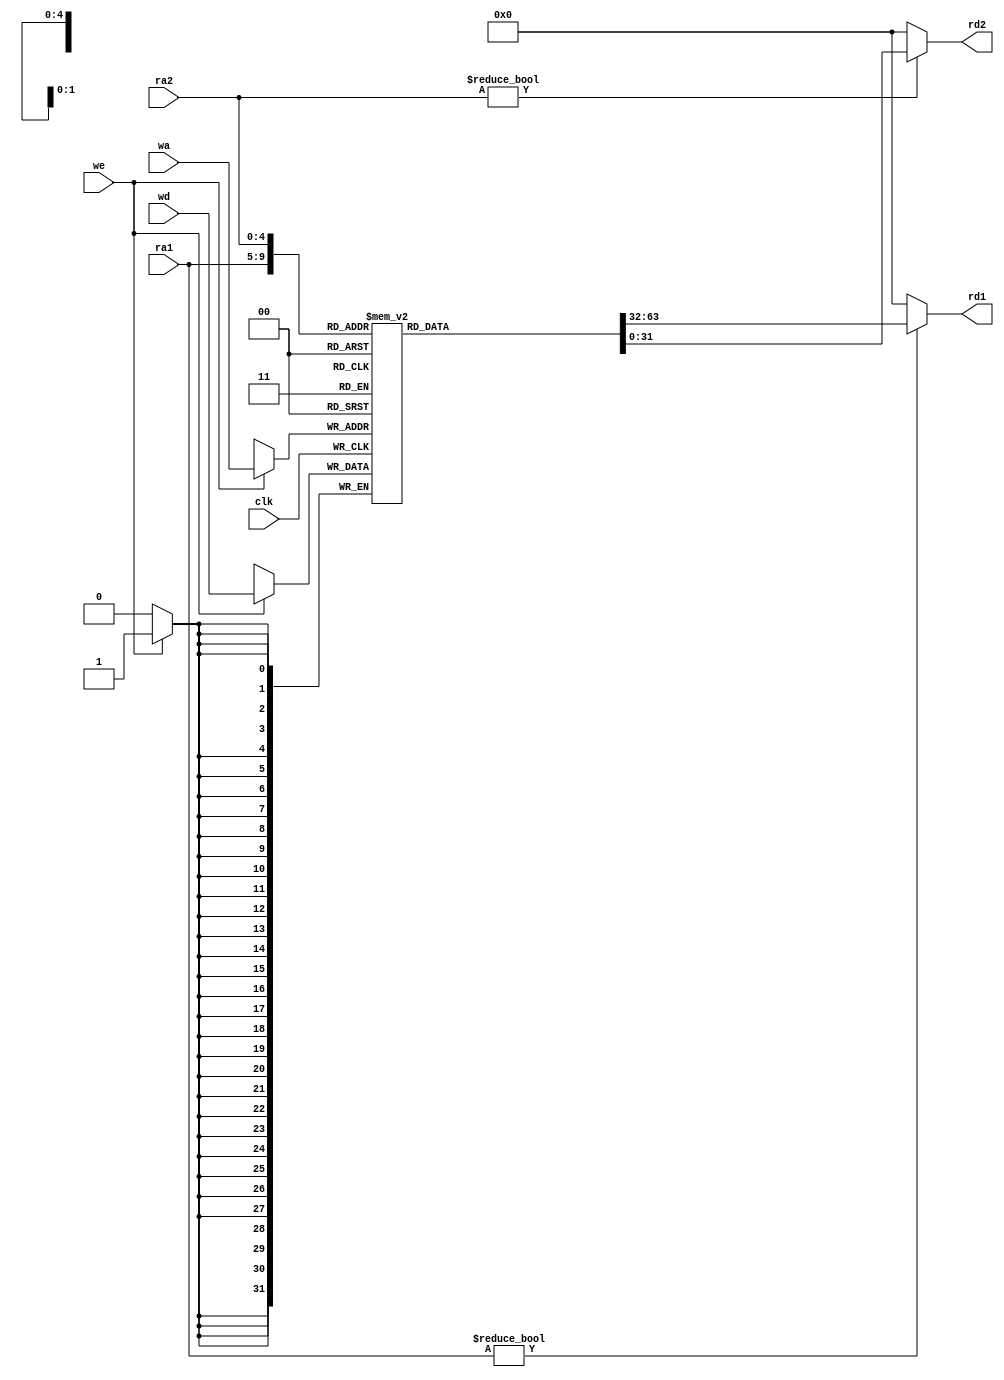

module regfile(input         clk, 
               input         we, 
               input  [4:0]  ra1, ra2, wa, 
               input  [31:0] wd, 
               output [31:0] rd1, rd2);

  reg [31:0] rf[31:0];

  // three ported register file
  // read two ports combinationally
  // write third port on rising edge of clock
  // register 0 hardwired to 0

  always @(posedge clk)
    if (we) rf[wa] <= wd;	

  assign rd1 = (ra1 != 0) ? rf[ra1] : 0;
  assign rd2 = (ra2 != 0) ? rf[ra2] : 0;
endmodule


module alu(input      [31:0] a, b, 
           input      [3:0]  alucont, 
           output reg [31:0] result,
           output            zero);

  wire [31:0] b2, sum, slt;

  assign b2 = alucont[3] ? ~b:b; 
  assign sum = a + b2 + alucont[3];
  assign slt = sum[31];

  always@(*)
    case(alucont[2:0])
      3'b000: result <= a & b;
      3'b001: result <= a | b;
      3'b010: result <= sum;
      3'b011: result <= slt;
		3'b100: result <= ~(a | b); //nor
		default: result <= 32'hxxxx_xxxx;
    endcase

  assign zero = (result == 32'b0);

endmodule


module adder(input [31:0] a, b,
             output [31:0] y);

  assign y = a + b;
endmodule




module sl2(input  [31:0] a,
           output [31:0] y);

  // shift left by 2
  assign y = {a[29:0], 2'b00};
endmodule



module sign_zero_ext(input      [15:0] a,
                     input             signext,
                     output reg [31:0] y);
              
   always @(*)
	begin
	   if (signext)  y <= {{16{a[15]}}, a[15:0]};
	   else          y <= {16'b0, a[15:0]};
	end

endmodule



module shift_left_16(input      [31:0] a,
		               input         shiftl16,
                     output reg [31:0] y);

   always @(*)
	begin
	   if (shiftl16) y = {a[15:0],16'b0};
	   else          y = a[31:0];
	end
              
endmodule



module flopr #(parameter WIDTH = 8)
              (input                  clk, reset,
               input      [WIDTH-1:0] d, 
               output reg [WIDTH-1:0] q);

  always @(posedge clk, posedge reset)
    if (reset) q <= 0;
    else       q <= d;

endmodule



module flopenr #(parameter WIDTH = 8)
                (input                  clk, reset,
                 input                  en,
                 input      [WIDTH-1:0] d, 
                 output reg [WIDTH-1:0] q);
 
  always @(posedge clk, posedge reset)
    if      (reset) q <= 0;
    else if (en)    q <= d;

endmodule



module mux2 #(parameter WIDTH = 8)
             (input  [WIDTH-1:0] d0, d1, 
              input              s, 
              output [WIDTH-1:0] y);

  assign y = s ? d1 : d0; 

endmodule